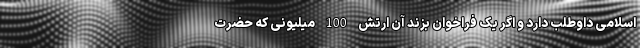
اسلامی داوطلب دارد و اگر یک فراخوان بزند آن ارتش 100 میلیونی که حضرت